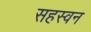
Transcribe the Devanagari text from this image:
सहस्वन